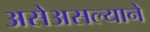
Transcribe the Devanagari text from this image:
असेअसल्याने